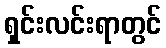
ရှင်းလင်းရာတွင်